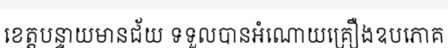
ខេត្តបន្ទាយមានជ័យ ទទួលបានអំណោយគ្រឿងឧបភោគ